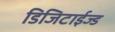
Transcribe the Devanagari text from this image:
डिजिटाईज्ड